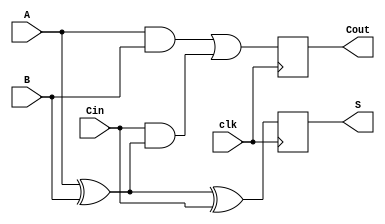
module dynamic_full_adder (
    input wire A,     // First binary input
    input wire B,     // Second binary input
    input wire Cin,   // Carry-in input
    input wire clk,   // Clock signal
    output reg S,     // Sum output
    output reg Cout   // Carry-out output
);

    // Internal wires for intermediate calculations
    wire AxorB;       // A XOR B
    wire AB;          // A AND B
    wire Cin_AxorB;   // Cin AND (A XOR B)

    // XOR calculation for sum
    assign AxorB = A ^ B;

    // AND calculation for carry
    assign AB = A & B;
    assign Cin_AxorB = Cin & AxorB;

    // Combinational logic for sum and carry-out
    always @(posedge clk) begin
        // Precharge phase (typically in hardware, this would be handled by transistors)
        // In simulation, we just assume the output is high when precharged
        S <= 1'b1;   // Precharge S to 1 (logic high)
        Cout <= 1'b1; // Precharge Cout to 1 (logic high)

        // Evaluation phase
        S <= AxorB ^ Cin; // Sum calculation
        Cout <= AB | Cin_AxorB; // Carry-out calculation
    end

endmodule